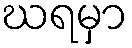
ဃရမှာ